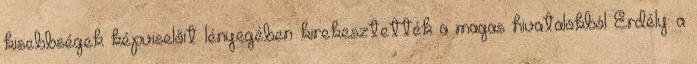
kisebbségek képviselőit lényegében kirekesztették a magas hivatalokból Erdély: a